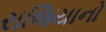
રાજિયાનો